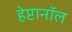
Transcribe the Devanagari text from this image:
हेप्टानॉल